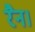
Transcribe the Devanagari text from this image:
रैन।